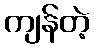
ကျန်တဲ့